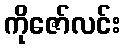
ကိုဇော်လင်း